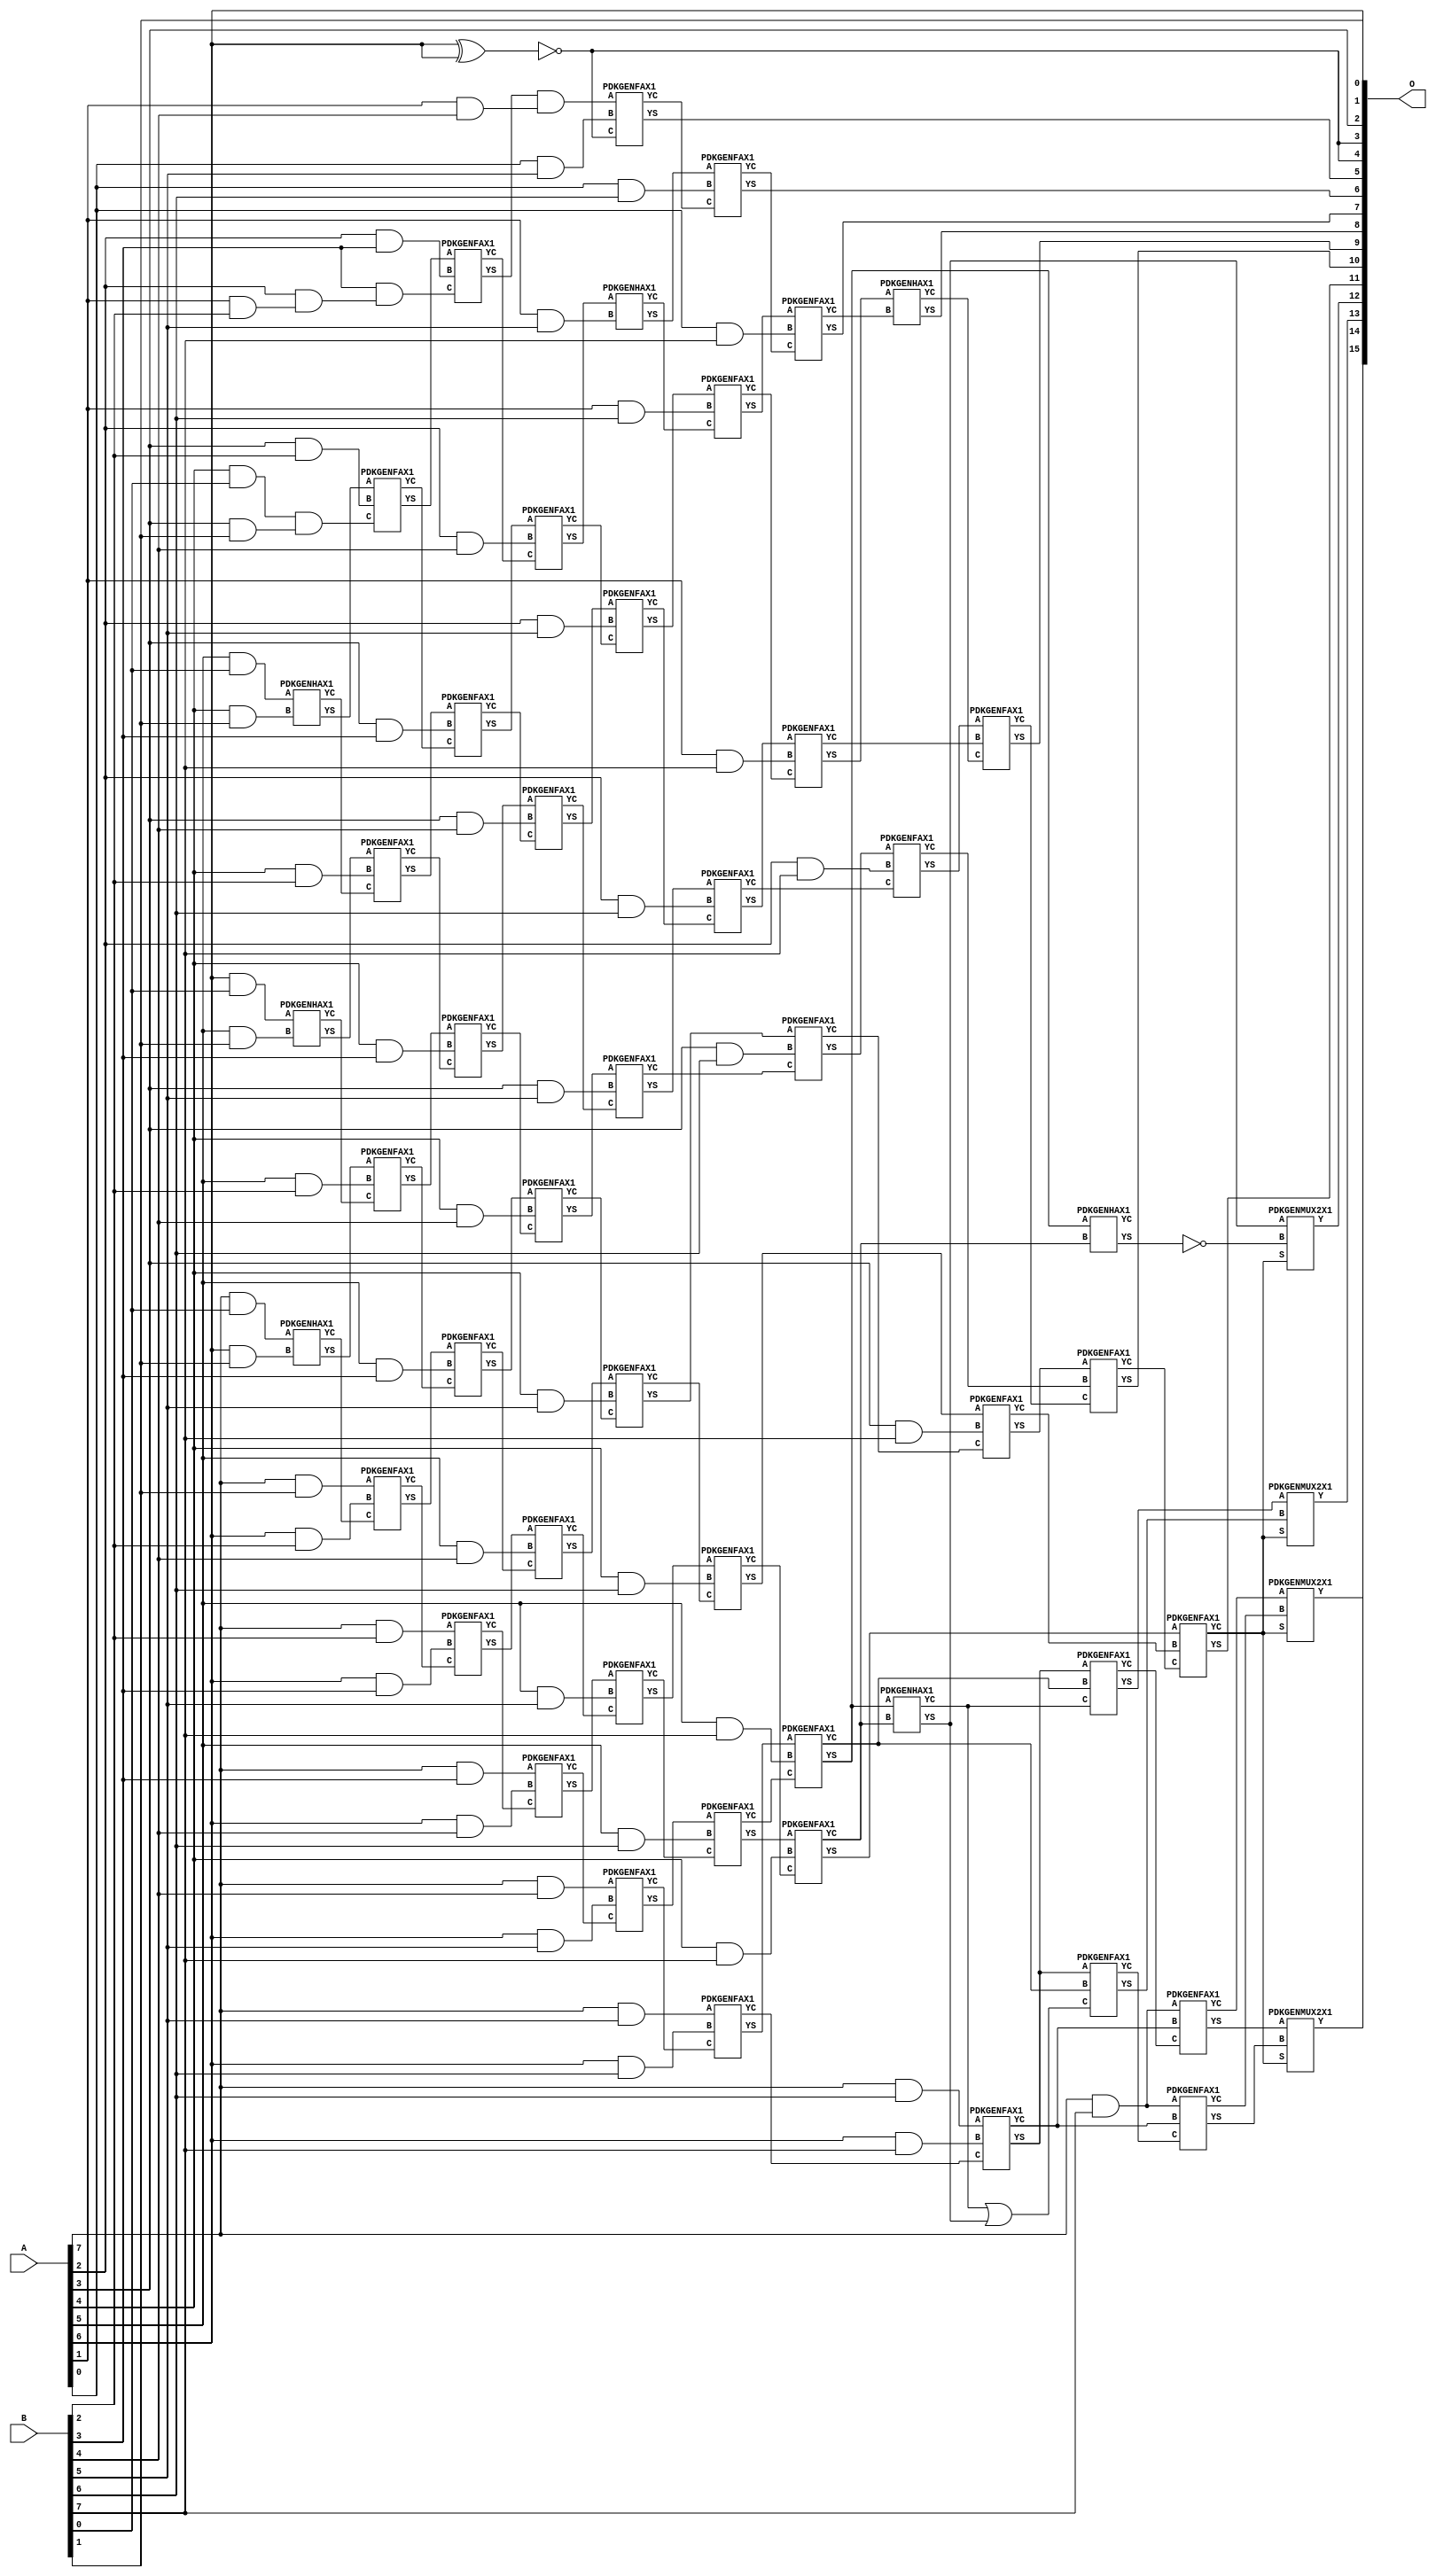
/***
* This code is a part of EvoApproxLib library (ehw.fit.vutbr.cz/approxlib) distributed under The MIT License.
* When used, please cite the following article(s): PRABAKARAN B. S., MRAZEK V., VASICEK Z., SEKANINA L., SHAFIQUE M. ApproxFPGAs: Embracing ASIC-based Approximate Arithmetic Components for FPGA-Based Systems. DAC 2020. 
***/
// MAE% = 0.036 %
// MAE = 24 
// WCE% = 0.095 %
// WCE = 62 
// WCRE% = 5500.00 %
// EP% = 98.49 %
// MRE% = 1.76 %
// MSE = 846 
// FPGA_POWER = 1.1
// FPGA_DELAY = 11
// FPGA_LUT = 65

module mul8u_1G9M(A, B, O);
  input [7:0] A, B;
  output [15:0] O;
  wire n_1753, n_946, n_1364, n_543, n_542, n_1194, n_1195, n_418, n_1116, n_1752;
  wire n_1241, n_41, n_40, n_1954, n_1955, n_1893, n_1892, n_1380, n_1596, n_1009;
  wire n_1286, n_1287, n_1815, n_1814, n_388, n_2016, n_141, n_140, n_1566, n_1736;
  wire n_466, n_776, n_777, n_1055, n_1054, n_248, n_1426, n_714, n_1628, n_30;
  wire n_31, n_1348, n_1100, n_790, n_791, n_1582, n_1211, n_1210, n_2000, n_652;
  wire n_1691, n_1690, n_1459, n_1458, n_666, n_1860, n_1861, n_868, n_497, n_496;
  wire n_729, n_728, n_1024, n_434, n_232, n_23, n_22, n_21, n_20, n_27;
  wire n_26, n_25, n_24, n_29, n_28, n_806, n_807, n_1612, n_1658, n_327;
  wire n_326, n_1877, n_1876, n_1505, n_1504, n_1272, n_125, n_124, n_558, n_559;
  wire n_480, n_1799, n_575, n_343, n_342, n_1039, n_1038, n_839, n_838, n_1644;
  wire n_1968, n_18, n_19, n_16, n_17, n_14, n_15, n_12, n_13, n_10;
  wire n_11, n_94, n_95, n_1831, n_1844, n_1845, n_884, n_1534, n_1535, n_356;
  wire n_357, n_822, n_823, n_1008, n_930, n_450, n_1550, n_1488, n_1086, n_900;
  wire n_1489, n_1659, n_1334, n_1830, n_1071, n_1025, n_1768, n_109, n_108, n_1521;
  wire n_1520, n_590, n_591, n_1707, n_1706, n_1257, n_1256, n_1721, n_1318, n_1148;
  wire n_914, n_699, n_698, n_1396, n_1720, n_1906, n_1132, n_1984, n_1240, n_1798;
  wire n_1442, n_1410, n_1443, n_1769, n_218, n_1303, n_1302, n_1178, n_372, n_373;
  wire n_1737, n_963, n_962, n_1675, n_682, n_1938, n_1939, n_1674, n_1224, n_1225;
  wire n_202, n_1273, n_992, n_993, n_1783, n_1782, n_1162, n_264, n_265, n_8;
  wire n_9, n_4, n_5, n_574, n_7, n_0, n_1, n_2, n_3, n_1923;
  wire n_1922, n_976, n_1070, n_6, n_604, n_605, n_1473, n_1472;
  assign n_0 = A[0];
  assign n_1 = A[0];
  assign n_2 = A[1];
  assign n_3 = A[1];
  assign n_4 = A[2];
  assign n_5 = A[2];
  assign n_6 = A[3];
  assign n_7 = A[3];
  assign n_8 = A[4];
  assign n_9 = A[4];
  assign n_10 = A[5];
  assign n_11 = A[5];
  assign n_12 = A[6];
  assign n_13 = A[6];
  assign n_14 = A[7];
  assign n_15 = A[7];
  assign n_16 = B[0];
  assign n_17 = B[0];
  assign n_18 = B[1];
  assign n_19 = B[1];
  assign n_20 = B[2];
  assign n_21 = B[2];
  assign n_22 = B[3];
  assign n_23 = B[3];
  assign n_24 = B[4];
  assign n_25 = B[4];
  assign n_26 = B[5];
  assign n_27 = B[5];
  assign n_28 = B[6];
  assign n_29 = B[6];
  assign n_30 = B[7];
  assign n_31 = B[7];
  assign n_40 = ~(n_12 ^ n_12);
  assign n_41 = n_40;
  assign n_94 = n_8 & n_16;
  assign n_95 = n_94;
  assign n_108 = n_10 & n_16;
  assign n_109 = n_108;
  assign n_124 = n_12 & n_16;
  assign n_125 = n_124;
  assign n_140 = n_14 & n_16;
  assign n_141 = n_140;
  assign n_202 = n_6 & n_18;
  assign n_218 = n_8 & n_18;
  assign n_232 = n_10 & n_18;
  assign n_248 = n_12 & n_18;
  assign n_264 = n_14 & n_18;
  assign n_265 = n_264;
  assign n_326 = n_95 & n_202;
  assign n_327 = n_326;
  PDKGENHAX1 tmp61(.YS(n_342), .YC(n_343), .A(n_109), .B(n_218));
  PDKGENHAX1 tmp62(.YS(n_356), .YC(n_357), .A(n_125), .B(n_232));
  PDKGENHAX1 tmp63(.YS(n_372), .YC(n_373), .A(n_141), .B(n_248));
  assign n_388 = n_2 & n_20;
  assign n_418 = n_4 & n_388;
  assign n_434 = n_6 & n_20;
  assign n_450 = n_8 & n_20;
  assign n_466 = n_10 & n_20;
  assign n_480 = n_12 & n_20;
  assign n_496 = n_14 & n_20;
  assign n_497 = n_496;
  assign n_542 = n_22 & n_418;
  assign n_543 = n_542;
  PDKGENFAX1 tmp74(.YS(n_558), .YC(n_559), .A(n_342), .B(n_434), .C(n_327));
  PDKGENFAX1 tmp75(.YS(n_574), .YC(n_575), .A(n_356), .B(n_450), .C(n_343));
  PDKGENFAX1 tmp76(.YS(n_590), .YC(n_591), .A(n_372), .B(n_466), .C(n_357));
  PDKGENFAX1 tmp77(.YS(n_604), .YC(n_605), .A(n_265), .B(n_480), .C(n_373));
  assign n_652 = n_4 & n_22;
  assign n_666 = n_6 & n_22;
  assign n_682 = n_8 & n_22;
  assign n_698 = n_10 & n_22;
  assign n_699 = n_698;
  assign n_714 = n_12 & n_22;
  assign n_728 = n_14 & n_22;
  assign n_729 = n_728;
  PDKGENFAX1 tmp86(.YS(n_776), .YC(n_777), .A(n_558), .B(n_652), .C(n_543));
  PDKGENFAX1 tmp87(.YS(n_790), .YC(n_791), .A(n_574), .B(n_666), .C(n_559));
  PDKGENFAX1 tmp88(.YS(n_806), .YC(n_807), .A(n_590), .B(n_682), .C(n_575));
  PDKGENFAX1 tmp89(.YS(n_822), .YC(n_823), .A(n_604), .B(n_699), .C(n_591));
  PDKGENFAX1 tmp90(.YS(n_838), .YC(n_839), .A(n_497), .B(n_714), .C(n_605));
  assign n_868 = n_2 & n_24;
  assign n_884 = n_4 & n_24;
  assign n_900 = n_6 & n_24;
  assign n_914 = n_8 & n_24;
  assign n_930 = n_10 & n_24;
  assign n_946 = n_12 & n_24;
  assign n_962 = n_14 & n_24;
  assign n_963 = n_962;
  assign n_976 = n_41;
  assign n_992 = n_776 & n_868;
  assign n_993 = n_992;
  PDKGENFAX1 tmp102(.YS(n_1008), .YC(n_1009), .A(n_790), .B(n_884), .C(n_777));
  PDKGENFAX1 tmp103(.YS(n_1024), .YC(n_1025), .A(n_806), .B(n_900), .C(n_791));
  PDKGENFAX1 tmp104(.YS(n_1038), .YC(n_1039), .A(n_822), .B(n_914), .C(n_807));
  PDKGENFAX1 tmp105(.YS(n_1054), .YC(n_1055), .A(n_838), .B(n_930), .C(n_823));
  PDKGENFAX1 tmp106(.YS(n_1070), .YC(n_1071), .A(n_729), .B(n_946), .C(n_839));
  assign n_1086 = n_0 & n_26;
  assign n_1100 = n_2 & n_26;
  assign n_1116 = n_4 & n_26;
  assign n_1132 = n_6 & n_26;
  assign n_1148 = n_8 & n_26;
  assign n_1162 = n_10 & n_26;
  assign n_1178 = n_12 & n_26;
  assign n_1194 = n_14 & n_26;
  assign n_1195 = n_1194;
  PDKGENFAX1 tmp116(.YS(n_1210), .YC(n_1211), .A(n_993), .B(n_1086), .C(n_41));
  PDKGENHAX1 tmp117(.YS(n_1224), .YC(n_1225), .A(n_1008), .B(n_1100));
  PDKGENFAX1 tmp118(.YS(n_1240), .YC(n_1241), .A(n_1024), .B(n_1116), .C(n_1009));
  PDKGENFAX1 tmp119(.YS(n_1256), .YC(n_1257), .A(n_1038), .B(n_1132), .C(n_1025));
  PDKGENFAX1 tmp120(.YS(n_1272), .YC(n_1273), .A(n_1054), .B(n_1148), .C(n_1039));
  PDKGENFAX1 tmp121(.YS(n_1286), .YC(n_1287), .A(n_1070), .B(n_1162), .C(n_1055));
  PDKGENFAX1 tmp122(.YS(n_1302), .YC(n_1303), .A(n_963), .B(n_1178), .C(n_1071));
  assign n_1318 = n_0 & n_28;
  assign n_1334 = n_2 & n_28;
  assign n_1348 = n_4 & n_28;
  assign n_1364 = n_6 & n_28;
  assign n_1380 = n_8 & n_28;
  assign n_1396 = n_10 & n_28;
  assign n_1410 = n_12 & n_28;
  assign n_1426 = n_14 & n_28;
  PDKGENFAX1 tmp131(.YS(n_1442), .YC(n_1443), .A(n_1224), .B(n_1318), .C(n_1211));
  PDKGENFAX1 tmp132(.YS(n_1458), .YC(n_1459), .A(n_1240), .B(n_1334), .C(n_1225));
  PDKGENFAX1 tmp133(.YS(n_1472), .YC(n_1473), .A(n_1256), .B(n_1348), .C(n_1241));
  PDKGENFAX1 tmp134(.YS(n_1488), .YC(n_1489), .A(n_1272), .B(n_1364), .C(n_1257));
  PDKGENFAX1 tmp135(.YS(n_1504), .YC(n_1505), .A(n_1286), .B(n_1380), .C(n_1273));
  PDKGENFAX1 tmp136(.YS(n_1520), .YC(n_1521), .A(n_1302), .B(n_1396), .C(n_1287));
  PDKGENFAX1 tmp137(.YS(n_1534), .YC(n_1535), .A(n_1195), .B(n_1410), .C(n_1303));
  assign n_1550 = n_0 & n_30;
  assign n_1566 = n_2 & n_30;
  assign n_1582 = n_4 & n_30;
  assign n_1596 = n_6 & n_30;
  assign n_1612 = n_8 & n_30;
  assign n_1628 = n_10 & n_30;
  assign n_1644 = n_12 & n_30;
  assign n_1658 = n_14 & n_30;
  assign n_1659 = n_1658;
  PDKGENFAX1 tmp147(.YS(n_1674), .YC(n_1675), .A(n_1458), .B(n_1550), .C(n_1443));
  PDKGENFAX1 tmp148(.YS(n_1690), .YC(n_1691), .A(n_1472), .B(n_1566), .C(n_1459));
  PDKGENFAX1 tmp149(.YS(n_1706), .YC(n_1707), .A(n_1488), .B(n_1582), .C(n_1473));
  PDKGENFAX1 tmp150(.YS(n_1720), .YC(n_1721), .A(n_1504), .B(n_1596), .C(n_1489));
  PDKGENFAX1 tmp151(.YS(n_1736), .YC(n_1737), .A(n_1520), .B(n_1612), .C(n_1505));
  PDKGENFAX1 tmp152(.YS(n_1752), .YC(n_1753), .A(n_1534), .B(n_1628), .C(n_1521));
  PDKGENFAX1 tmp153(.YS(n_1768), .YC(n_1769), .A(n_1426), .B(n_1644), .C(n_1535));
  PDKGENHAX1 tmp154(.YS(n_1782), .YC(n_1783), .A(n_1690), .B(n_1675));
  PDKGENFAX1 tmp155(.YS(n_1798), .YC(n_1799), .A(n_1706), .B(n_1691), .C(n_1783));
  PDKGENFAX1 tmp156(.YS(n_1814), .YC(n_1815), .A(n_1720), .B(n_1707), .C(n_1799));
  PDKGENFAX1 tmp157(.YS(n_1830), .YC(n_1831), .A(n_1736), .B(n_1721), .C(n_1815));
  PDKGENHAX1 tmp158(.YS(n_1844), .YC(n_1845), .A(n_1752), .B(n_1737));
  PDKGENFAX1 tmp159(.YS(n_1860), .YC(n_1861), .A(n_1768), .B(n_1753), .C(n_1845));
  PDKGENFAX1 tmp160(.YS(n_1876), .YC(n_1877), .A(n_1658), .B(n_1769), .C(n_1861));
  PDKGENHAX1 tmp161(.YS(n_1892), .YC(n_1893), .A(n_1752), .B(n_1737));
  assign n_1906 = ~n_1892;
  assign n_1922 = n_1845 | n_1844;
  assign n_1923 = n_1922;
  PDKGENFAX1 tmp165(.YS(n_1938), .YC(n_1939), .A(n_1768), .B(n_1753), .C(n_1923));
  PDKGENFAX1 tmp166(.YS(n_1954), .YC(n_1955), .A(n_1659), .B(n_1769), .C(n_1939));
  PDKGENMUX2X1 tmp167(.Y(n_1968), .A(n_1844), .B(n_1906), .S(n_1831));
  PDKGENMUX2X1 tmp168(.Y(n_1984), .A(n_1860), .B(n_1938), .S(n_1831));
  PDKGENMUX2X1 tmp169(.Y(n_2000), .A(n_1876), .B(n_1954), .S(n_1831));
  PDKGENMUX2X1 tmp170(.Y(n_2016), .A(n_1877), .B(n_1955), .S(n_1831));
  assign O[0] = n_18;
  assign O[1] = n_12;
  assign O[2] = n_6;
  assign O[3] = n_976;
  assign O[4] = n_976;
  assign O[5] = n_1210;
  assign O[6] = n_1442;
  assign O[7] = n_1674;
  assign O[8] = n_1782;
  assign O[9] = n_1798;
  assign O[10] = n_1814;
  assign O[11] = n_1830;
  assign O[12] = n_1968;
  assign O[13] = n_1984;
  assign O[14] = n_2000;
  assign O[15] = n_2016;
endmodule

/* mod */
module PDKGENFAX1( input A, input B, input C, output YS, output YC );
    assign YS = (A ^ B) ^ C;
    assign YC = (A & B) | (B & C) | (A & C);
endmodule
/* mod */
module PDKGENMUX2X1( input A, input B, input S, output Y );
    assign Y = (A & ~S) | (B & S);
endmodule
/* mod */
module PDKGENHAX1( input A, input B, output YS, output YC );
    assign YS = A ^ B;
    assign YC = A & B;
endmodule